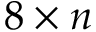
8 \times n